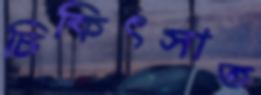
চিকিৎসাত